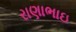
રાણાભાઇ